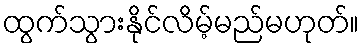
ထွက်သွားနိုင်လိမ့်မည်မဟုတ်။